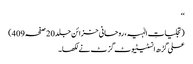
‘‘
(تجلیاتِ الٰہیہ، روحانی خزائن جلد20 صفحہ409)
علی گڑھ انسٹیٹیوٹ گزٹ نے لکھا۔